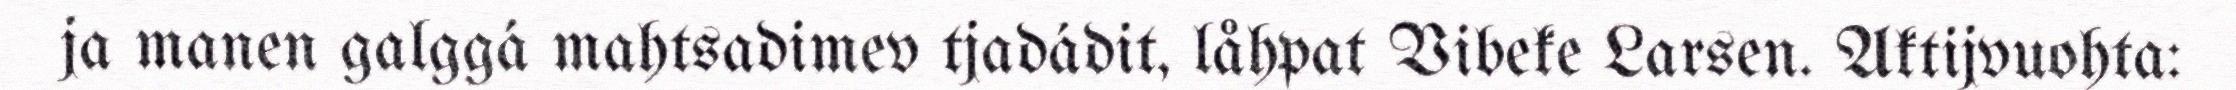
ja manen galggá mahtsadimev tjadádit, låhpat Vibeke Larsen. Aktijvuohta: